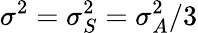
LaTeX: \sigma^{2}=\sigma_{S}^{2}=\sigma_{A}^{2}/3